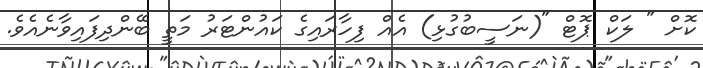
ކޮށް " ލަކް ޕޮޓް "(ނަސީބުގުޅި) އެއް ފިހާރައިގެ ކައުންޓަރު މަތީ ބޭންދިފައިވާނެއެވެ.